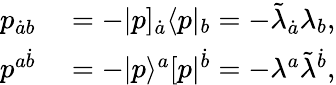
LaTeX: \begin{array}{rl}{p_{\dot{a}b}}&{{}=-|p]_{\dot{a}}\langle p|_{b}=-\tilde{\lambda}_{\dot{a}}\lambda_{b},}\\ {p^{a\dot{b}}}&{{}=-|p\rangle^{a}[p|^{\dot{b}}=-\lambda^{a}\tilde{\lambda}^{\dot{b}},}\end{array}